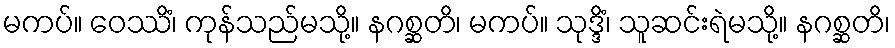
မကပ်။ ဝေဿိံ၊ ကုန်သည်မသို့။ နဂစ္ဆတိ၊ မကပ်။ သုဒ္ဒိံ၊ သူဆင်းရဲမသို့။ နဂစ္ဆတိ၊